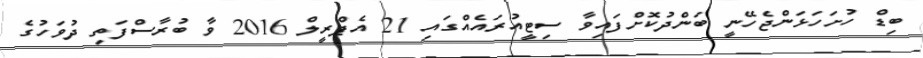
ބިޑް ހުށަހަޅަންޖެހޭނީ ބަންދުކޮށްފައިވާ ސިޓީއުރައެއްގައި 21 އެޕްރީލް 2016 ވާ ބުރާސްފަތި ދުވަހުގެ